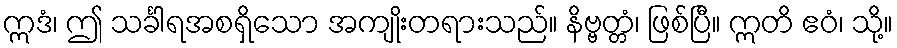
ဣဒံ၊ ဤ သင်္ခါရအစရှိသော အကျိုးတရားသည်။ နိဗ္ဗတ္တံ၊ ဖြစ်ပြီ။ ဣတိ ဧဝံ၊ သို့။